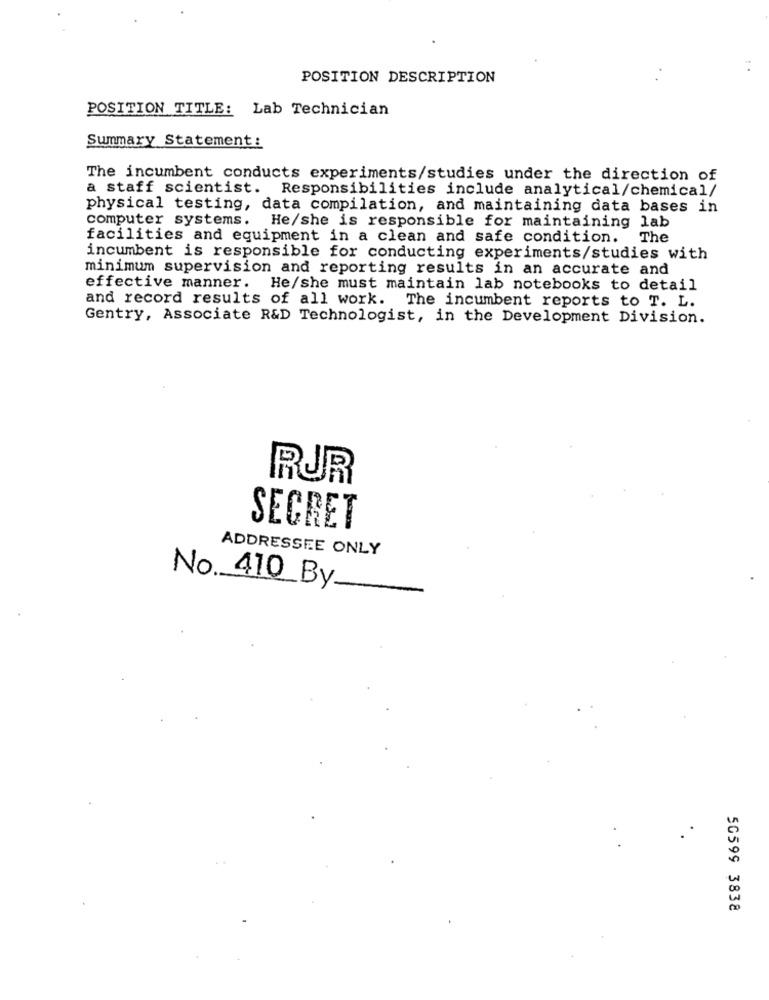
POSITION DESCRIPTION
POSITION TITLE: Lab Technician
Summary Statement:
The incumbent conducts experiments/studies under the direction of
a staff scientist. Responsibilities include analytical/chemical/
physical testing, data compilation, and maintaining data bases in
computer systems. He/she is responsible for maintaining lab
facilities and equipment in a clean and safe condition.
The
incumbent is responsible for conducting experiments/studies with
minimum supervision and reporting results in an accurate and
effective manner. He/she must maintain lab notebooks to detail
and record results of all work. The incumbent reports to T. L.
Gentry, Associate R&D Technologist, in the Development Division.
RUR
SECRET
ADDRESSEE ONLY
No ._ 410_By.
50599 3838